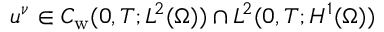
u ^ { \nu } \in C _ { \mathrm w } ( 0 , T ; L ^ { 2 } ( \Omega ) ) \cap L ^ { 2 } ( 0 , T ; H ^ { 1 } ( \Omega ) )